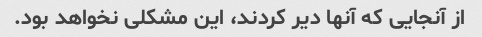
از آنجایی که آنها دیر کردند، این مشکلی نخواهد بود.